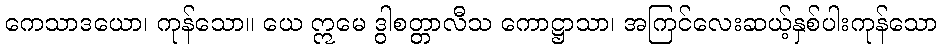
ကေသာဒယော၊ ကုန်သော။ ယေ ဣမေ ဒွါစတ္တာလီသ ကောဋ္ဌာသာ၊ အကြင်လေးဆယ့်နှစ်ပါးကုန်သော